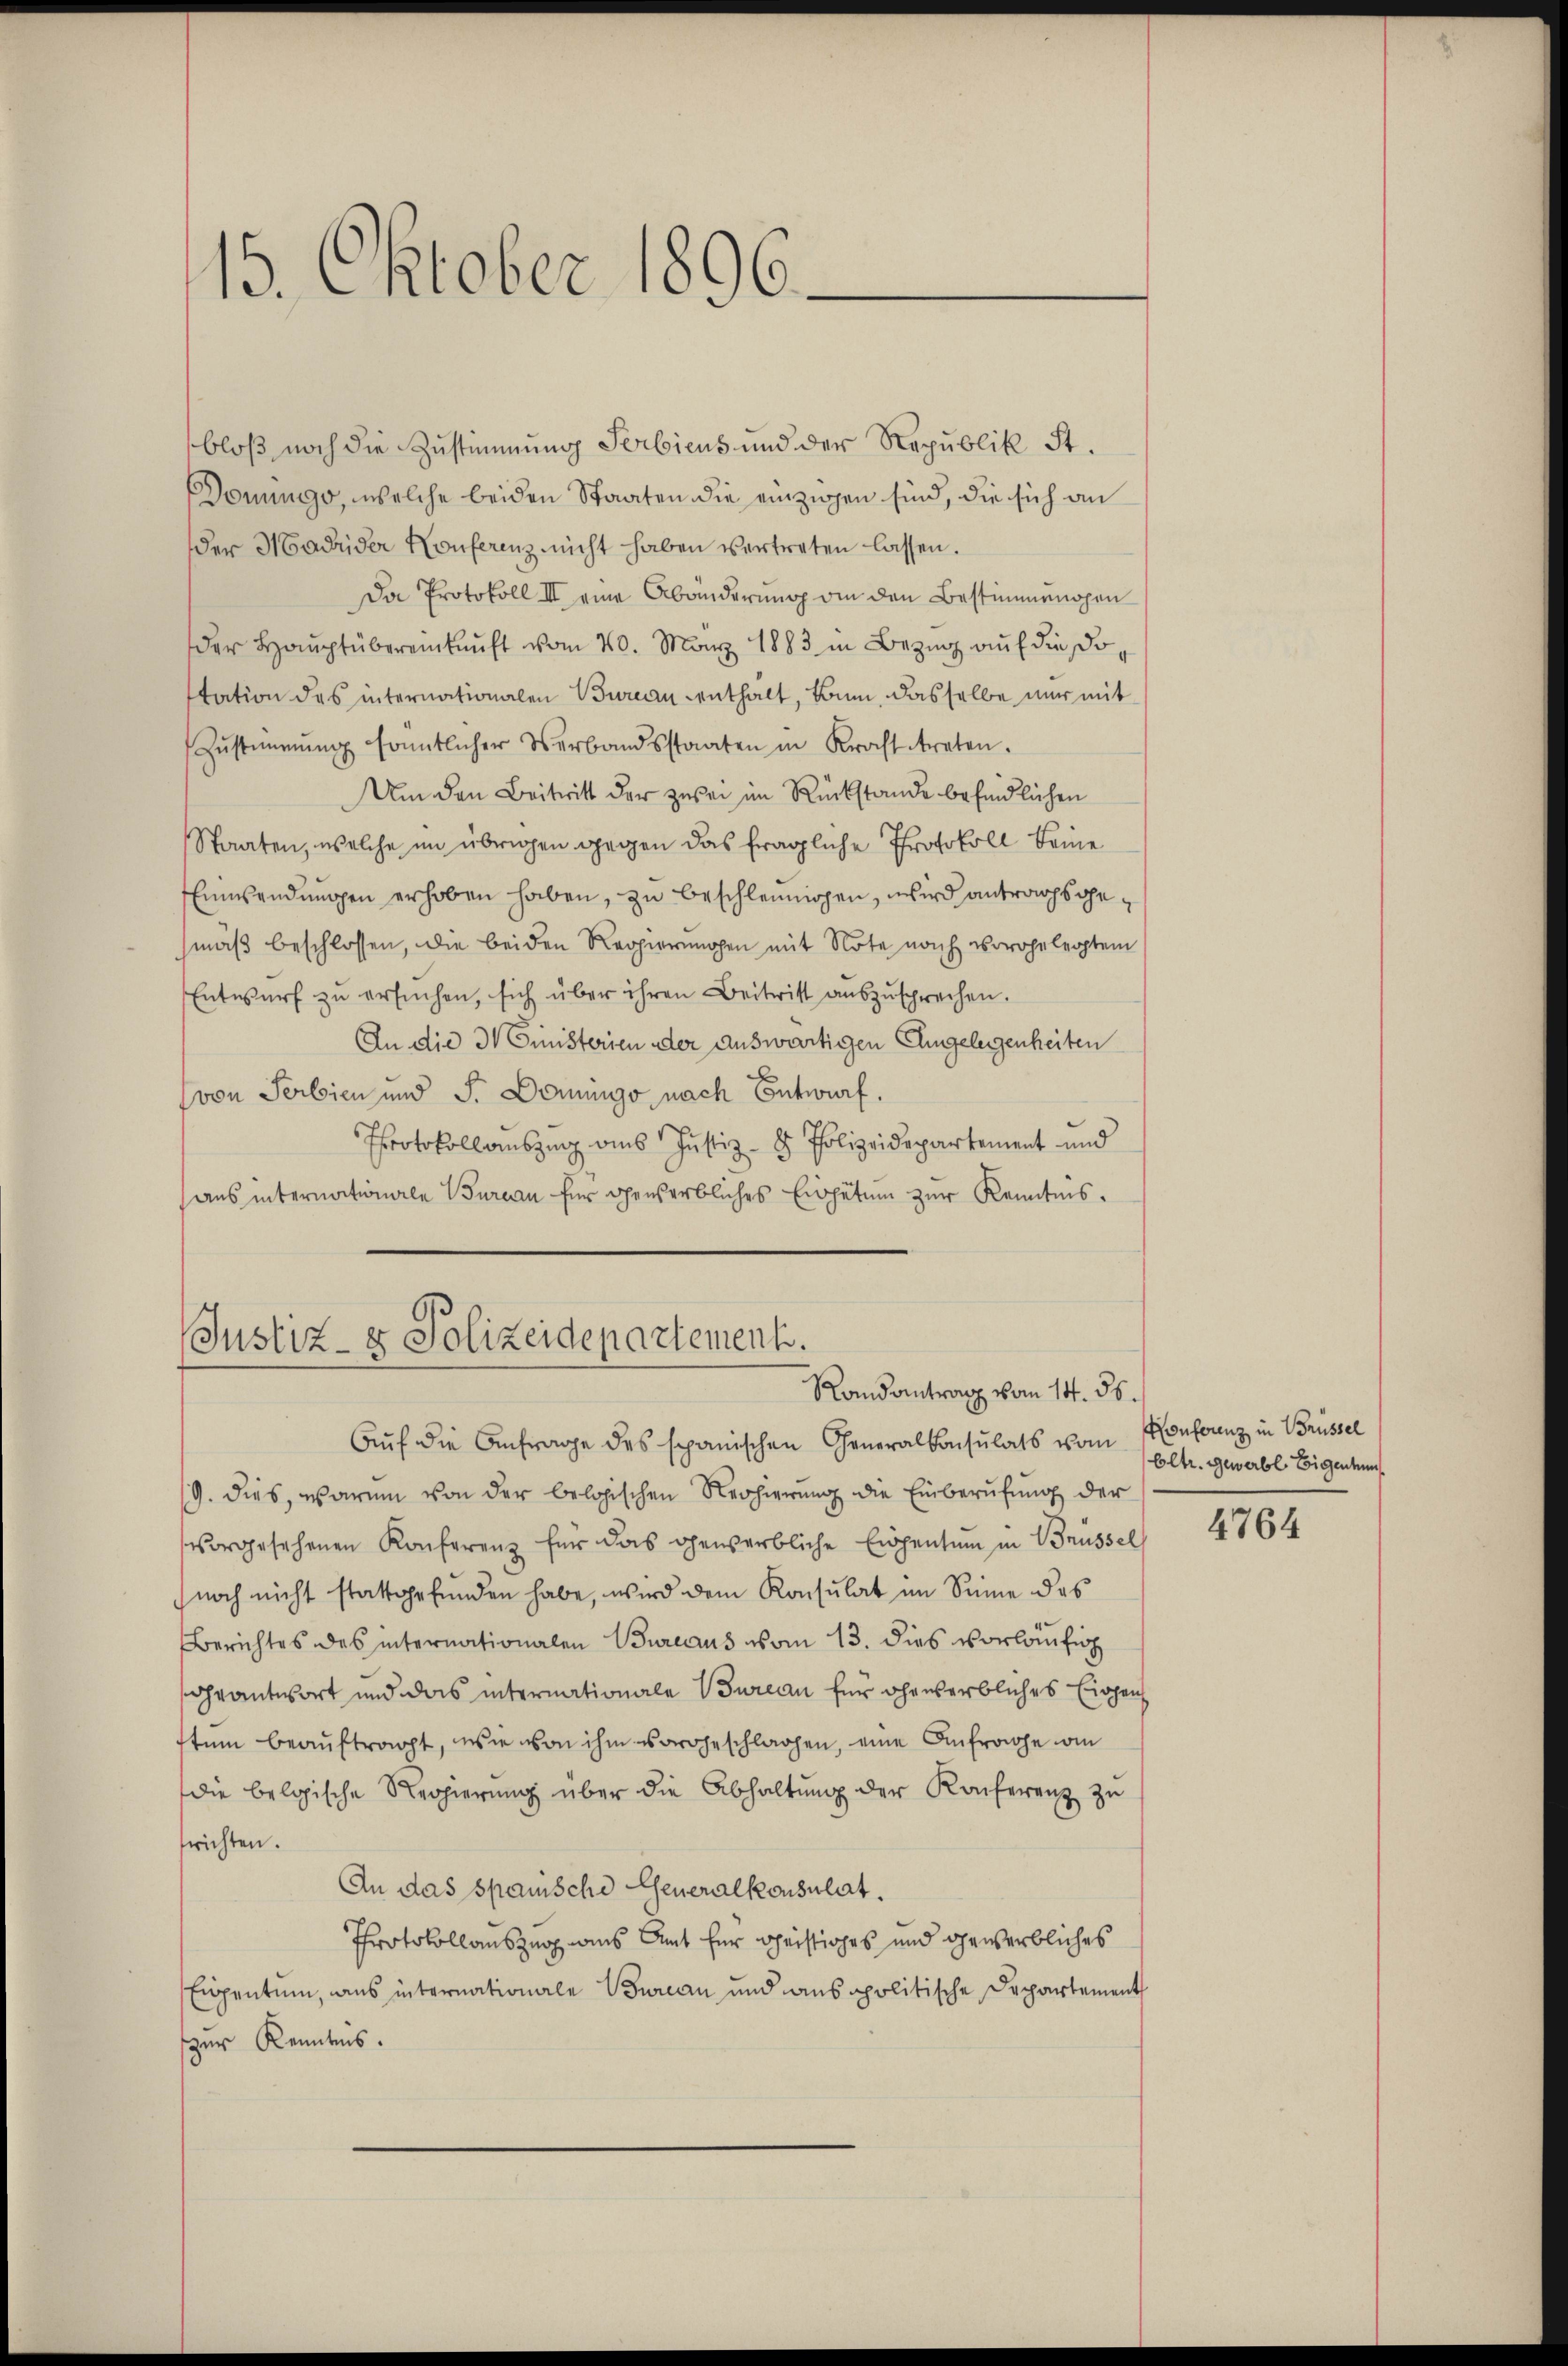
15. Oktober 1896.

bloß noch die Zustimmung Serbiens und der Republik St.
Donung, welche beiden Staaten die einzigen sind, die sich an
der Madrider Konferenz nicht haben vertreten lassen.
Da Protokoll III eine Abänderung an den Bestimmungen
der Hauptübereinkunft vom 20. März 1883 in Bezŭg aŭf die Dostation des internationalen Bureau enthält, Baum, dasselbe nur mit
Zŭstimmung kanntlicher Verbandsstaaten in Kracht treten.
Um den Beitritt der zwei im Rückstande befindlichen
Staaten, welche im übrigen gegen das fragliche Protokoll keine
Einwendungen erhoben haben, zu beschleunigen, wird antragsgemäß beschlossen, die beiden Regierungen mit Note nach vorgelegtem
Entwurf zu ersŭchen, sich über ihren Beitritt auszusprechen.
An die Ministerien der auswärtigen Engelegenheiten
von Serbien und S. Domingo nach Entwurf.
Protokollauszug aus Justiz- & Polizeidepartement und
aus internationale Bureau für gewerbliches Einspetum zur Kenntnis¬

Justiz- & Polizeidepartement.
Randantrag vom 14. ds.

Aŭf die Anfrage des spanischen Generalkonsulats vom Confranz in Brüssel
19. dies, warum von der belgischen Nerhierung die Einberufung der
vorgesehenen Konferenz für das gewerbliche Eigentum in Brüssel
noch nicht stattgefunden habe, wird dem Konsulat im Sinne des
Berichtes des internationalen Bureaus vom 13. dies vorläufig
geantwort und das internationale Bureau für ehrwerbliches Eigen
stum beauftragt, wie von ihm vorgeschlagen, eine Anfrage vom
die belgische Regierung über die Abhaltung der Konferenz zu
srichten.
An das spanische Generalkonsulat.
Protokollauszug aus Amt für Christiges und gewerbliches
Eigentum, aus internationale Bureau und anspolitische Departement
zur Kenntnis.

Oltr. Gewerbl Eigentum

4764